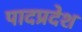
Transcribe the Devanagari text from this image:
पादप्रदेश